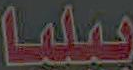
بيليا